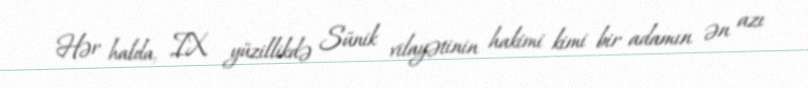
Hər halda, IX yüzillikdə Sünik vilayətinin hakimi kimi bir adamın ən azı